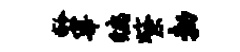
龄宰编紫勃